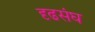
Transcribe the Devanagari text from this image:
दृढसंघ